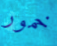
خمور